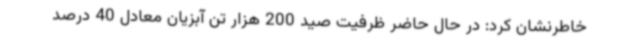
خاطرنشان کرد: در حال حاضر ظرفیت صید 200 هزار تن آبزیان معادل 40 درصد